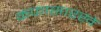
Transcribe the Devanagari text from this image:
कफासारखे